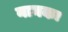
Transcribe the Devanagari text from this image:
नानकः